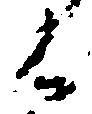
く